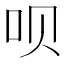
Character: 呗